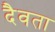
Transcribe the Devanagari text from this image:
दैवता